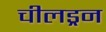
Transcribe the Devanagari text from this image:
चीलड्रन